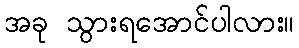
အခု သွားရအောင်ပါလား။